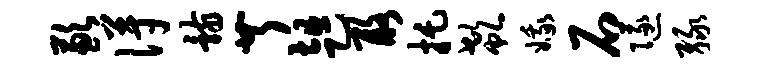
歉得骸芹趄酪托欷娥石隧绿